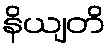
နိယျတိ